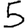
Digit: 5